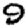
Digit: 9